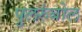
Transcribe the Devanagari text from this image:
पुलरुंबोल